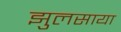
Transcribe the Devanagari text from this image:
झुलसाया